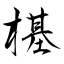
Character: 樭